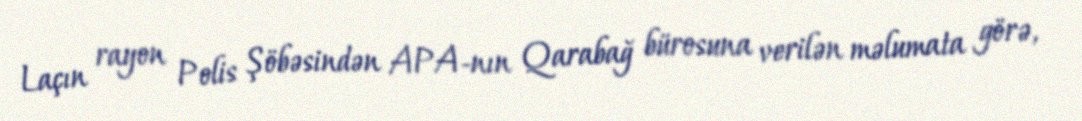
Laçın rayon Polis Şöbəsindən APA-nın Qarabağ bürosuna verilən məlumata görə,